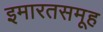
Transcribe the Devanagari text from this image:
इमारतसमूह